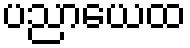
ပညာယေထ